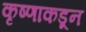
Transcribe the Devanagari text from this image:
कृष्णाकडून